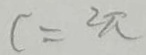
c = 2 \pi